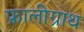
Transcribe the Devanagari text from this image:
फ्रालीग्राथ